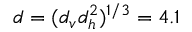
d = ( d _ { v } d _ { h } ^ { 2 } ) ^ { 1 / 3 } = 4 . 1